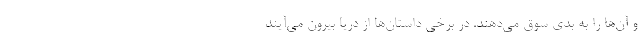
و آن‌ها را به بدی سوق می‌دهند. در برخی داستان‌ها از دریا بیرون می‌آیند